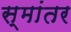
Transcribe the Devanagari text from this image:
स्मांतर